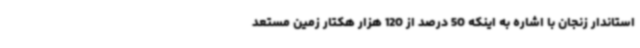
استاندار زنجان با اشاره به اینکه 50 درصد از 120 هزار هکتار زمین مستعد